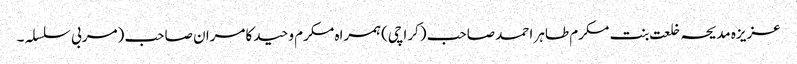
عزیزہ مدیحہ خلعت بنت مکرم طاہر احمد صاحب (کراچی)ہمراہ مکرم وحید کامران صاحب (مربی سلسلہ ۔